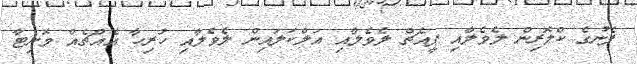
ފެނުގެ ކްލޮރިން ލެވެލާއި ޕީއެޗް ލެވެލާއި އަލްކަލައިން ލެވެލާއި ހުރިހާ އެއްޗެއް މޮނިޓާ